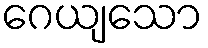
ဂေယျသော